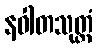
နဝါတသုတ္တံ